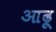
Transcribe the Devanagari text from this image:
आढ़ू